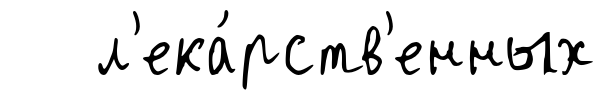
л'ека́рств'енных